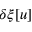
\delta \xi [ u ]